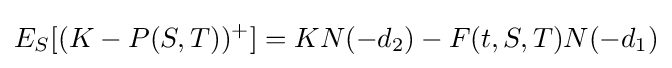
{E}_{S}[(K-P(S,T))^{+}]=KN(-d_{2})-F(t,S,T)N(-d_{1})